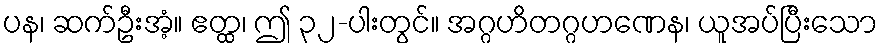
ပန၊ ဆက်ဦးအံ့။ ဧတ္ထ၊ ဤ ၃၂-ပါးတွင်။ အဂ္ဂဟိတဂ္ဂဟဏေန၊ ယူအပ်ပြီးသော